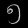
Digit: ၅